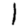
Digit: 1